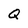
Character: Q